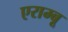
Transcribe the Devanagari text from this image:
एराम्बू